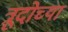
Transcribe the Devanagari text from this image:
त्रूदोच्या